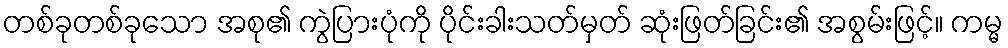
တစ်ခုတစ်ခုသော အစု၏ ကွဲပြားပုံကို ပိုင်းခါးသတ်မှတ် ဆုံးဖြတ်ခြင်း၏ အစွမ်းဖြင့်။ ကမ္မ